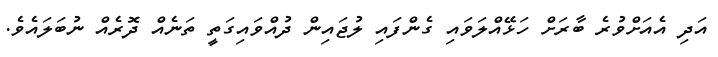
އަދި އެއަށްވުރެ ބާރަށް ހަޅޭއްލަވައި ގެންފައި ލުޖައިން ދުއްވައިގަތީ ތަނެއް ދޮރެއް ނުބަލައެވެ.